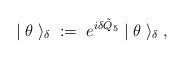
\begin{align*}| \; \theta \; \rangle_\delta \; := \;e^{i \delta \tilde{Q}_5} \; | \; \theta \; \rangle_\delta \; ,\end{align*}